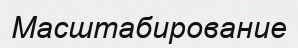
Масштабирование